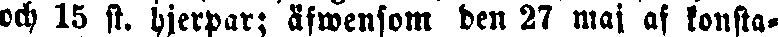
och 15 st. hjerpar; äfwensom den 27 maj af konsta-